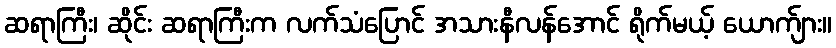
ဆရာကြီး၊ ဆိုင်း ဆရာကြီးက လက်သံပြောင် အသားနီလန်အောင် ရိုက်မယ့် ယောက်ျား။